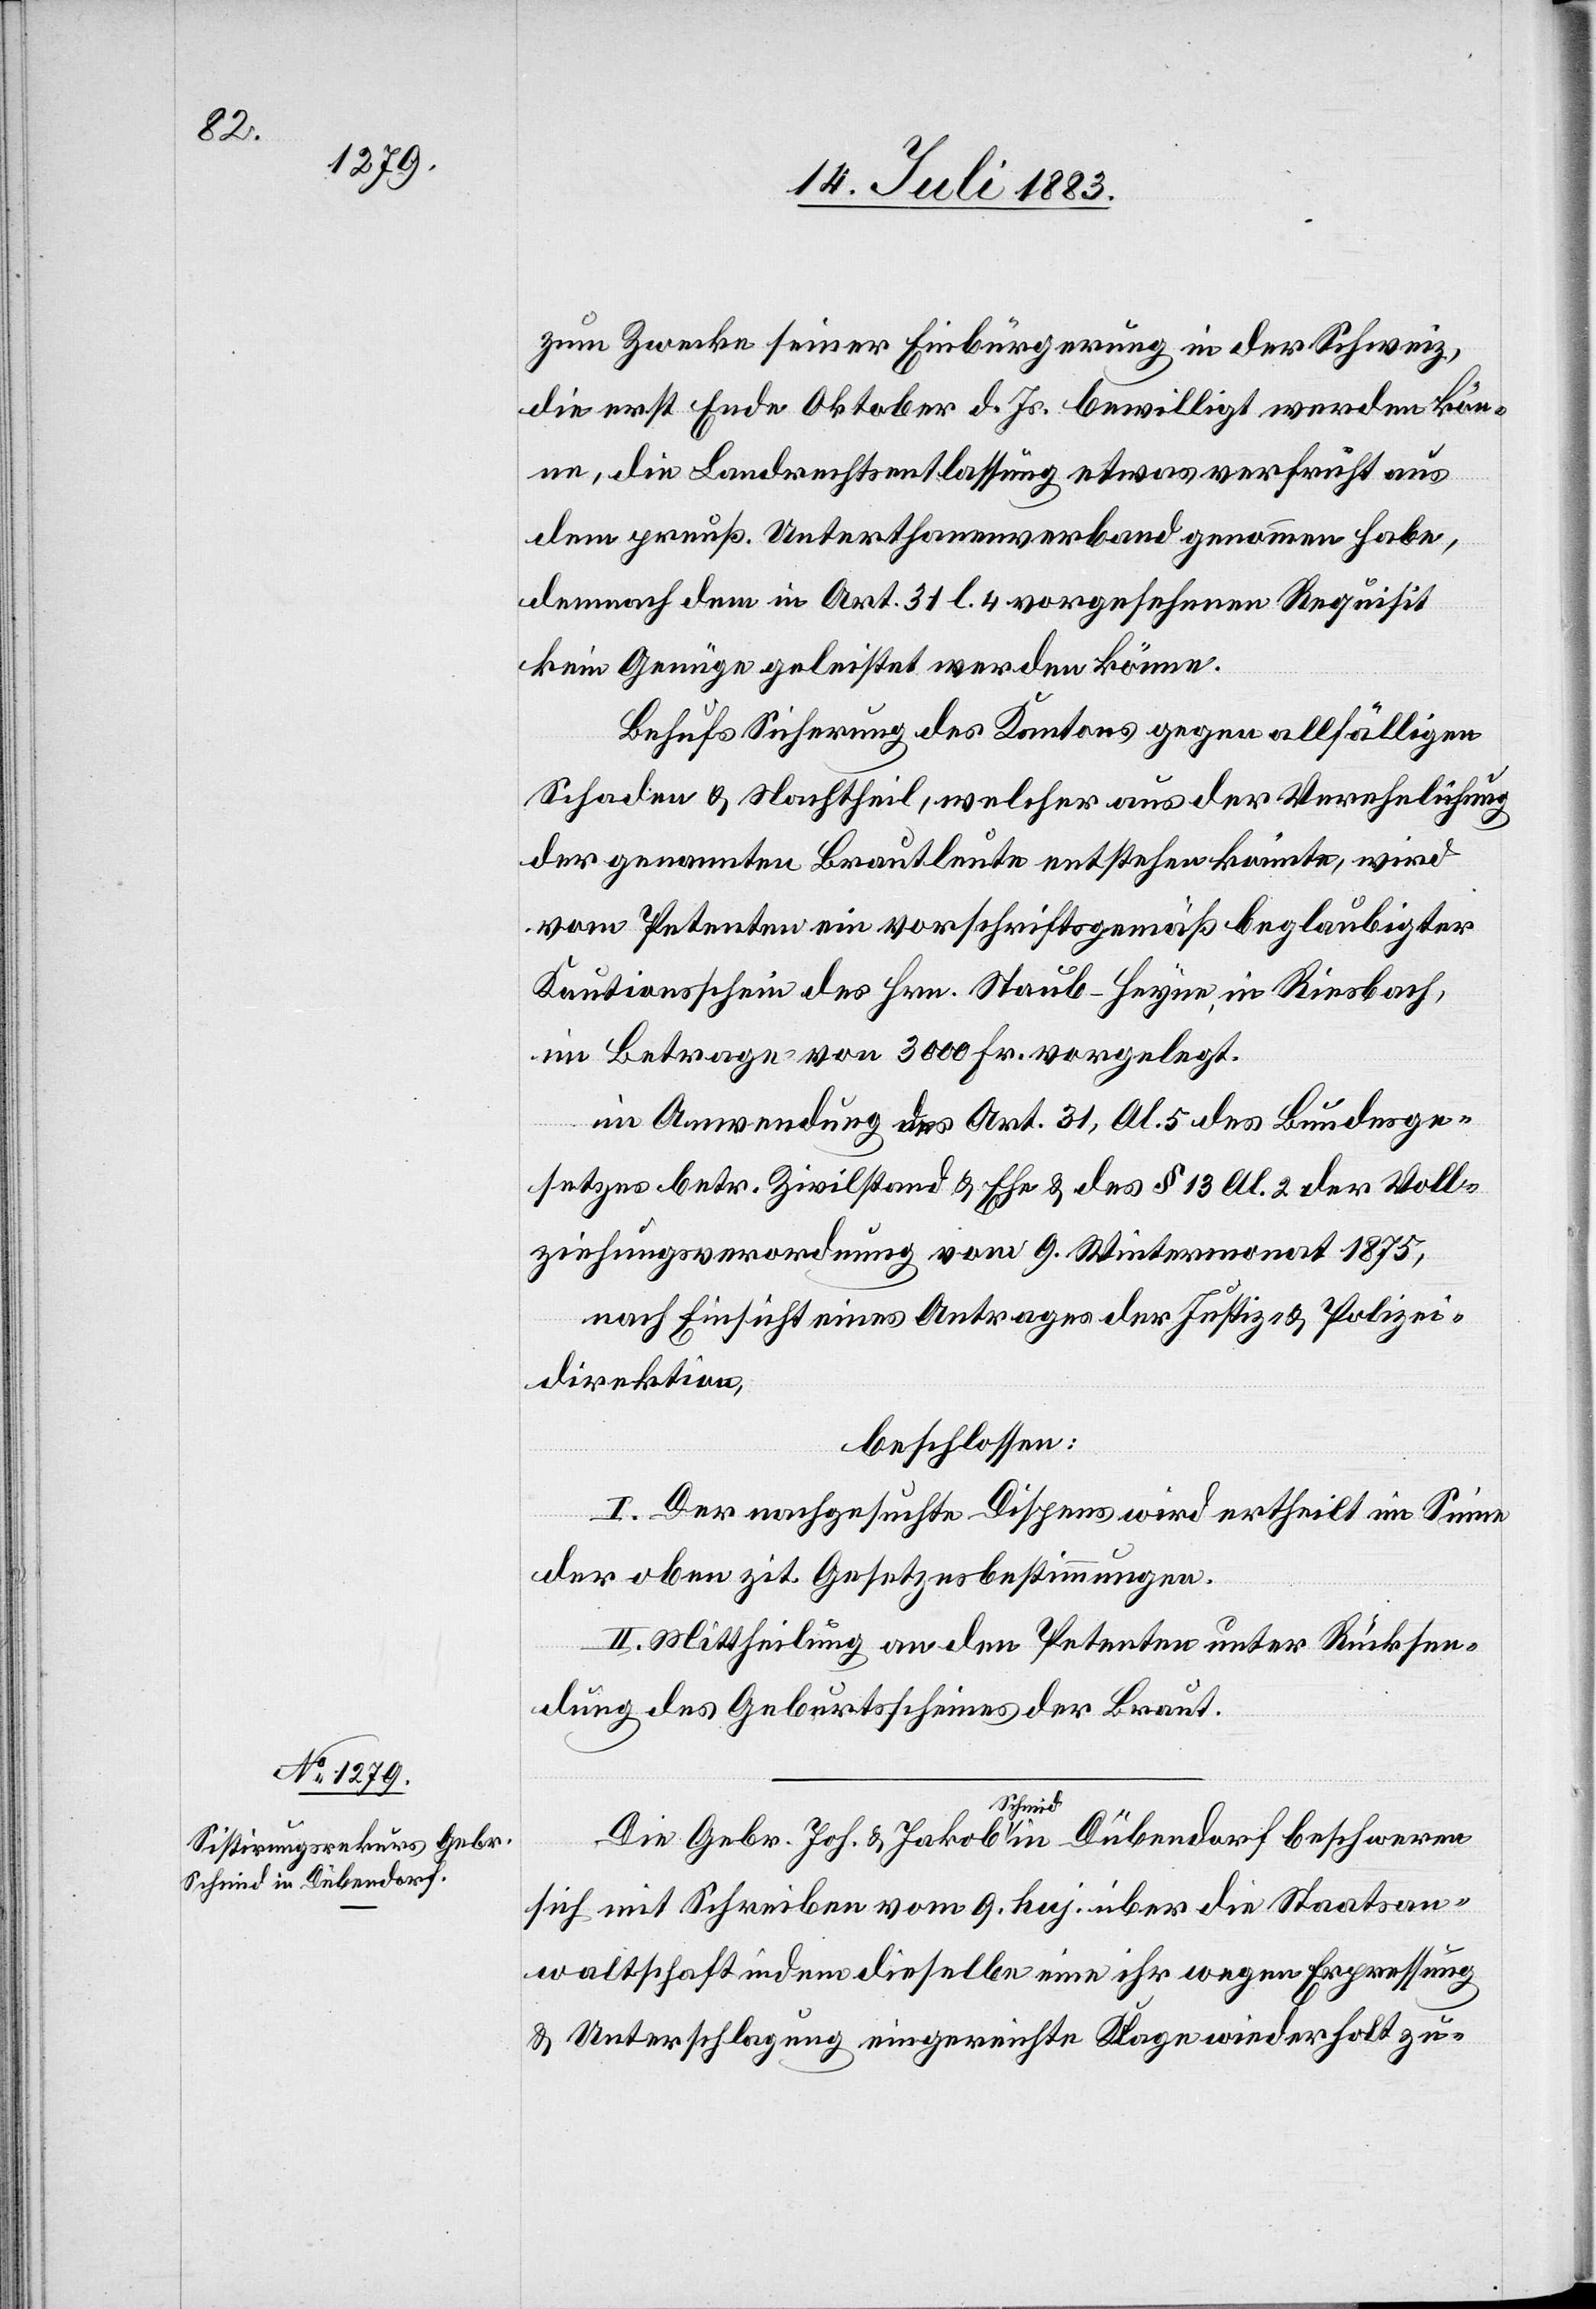
Zwecke seiner Einbürgerung in der Schweiz,
die erst Ende Oktober d. Js. bewilligt werden kön¬
ne, die Landrechtsentlassung etwas verfrüht aus
dem preuß. Unterthanenverband genommen habe,
demnach dem in Art. 31 l. 4 vorgesehenen Requisit
keine Genüge geleistet werden könne.
Behufs Sicherung des Kantons gegen allfälligen
Schaden & Nachtheil, welcher aus der Verehelichung
der genannten Brautleute entstehen könnte, wird
vom Petenten ein vorschriftsgemäß beglaubigter
Kautionsschein des Hrn. Staub-Heyne, in Riesbach,
im Betrage von 3000 Fr. vorgelegt.
in Anwendung des Art. 31, Al. 5 des Bundesge¬
setzes betr. Zivilstand & Ehe & des § 13 Al. 2 der Voll¬
ziehungsverordnung vom 9. Wintermonat 1875,
nach Einsicht eines Antrages der Justiz- & Polizei¬
direktion,
beschlossen:
I. Der nachgesuchte Dispens wird ertheilt im Sinne
der oben zit. Gesetzesbestimmungen.
II. Mittheilung an den Petenten unter Rücksen¬
dung des Geburtsscheines der Braut.
zum
Die Gebr. Joh. & Jakob a-Schmid-a in Dübendorf beschweren
sich mit Schreiben vom 9. huj. über die Staatsan¬
waltschaft indem dieselbe eine ihr wegen Erpressung
& Unterschlagung eingereichte Klage wieder holt zu-